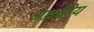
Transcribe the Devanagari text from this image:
अध्रक्षीय